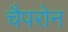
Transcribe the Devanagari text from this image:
चैपरोन